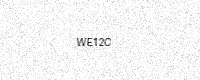
Text: WE12C